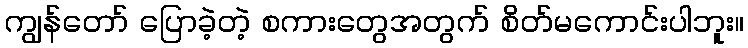
ကျွန်တော် ပြောခဲ့တဲ့ စကားတွေအတွက် စိတ်မကောင်းပါဘူး။